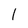
Character: 1